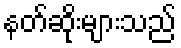
နတ်ဆိုးများသည်